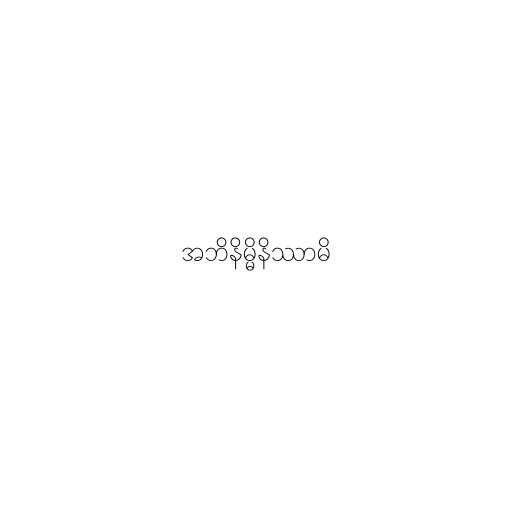
အဘိနိမ္မိနိဿာမိ